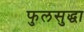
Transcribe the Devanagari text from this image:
फुलसुद्धा